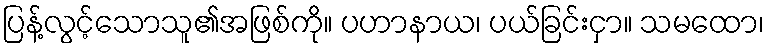
ပြန့်လွင့်သောသူ၏အဖြစ်ကို။ ပဟာနာယ၊ ပယ်ခြင်းငှာ။ သမထော၊